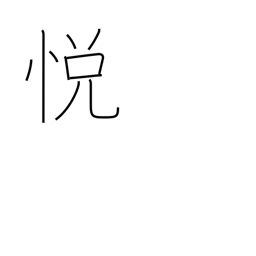
Meaning: rapture